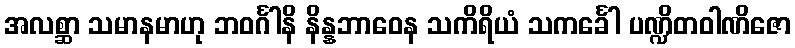
အလစ္ဆာ သမာနမာဟု ဘဝင်္ဂါနိ နိန္နဘာဝေန သကိရိယံ သကင်္ခေါ ပဏ္ဍိတဝါဏိဇော